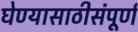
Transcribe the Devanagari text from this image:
घेण्यासाठीसंपूर्ण